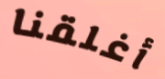
أغلقنا